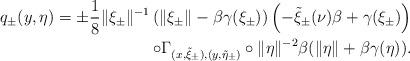
LaTeX: \begin{align*} q_\pm(y,\eta)=\pm \frac{1}{8}\| \xi_\pm \|^{-1} \left( \| \xi_\pm \| - \beta \gamma(\xi_\pm) \right) \left(- \tilde \xi_\pm(\nu) \beta + \gamma(\xi_\pm)\right) \\ \circ \Gamma_{(x,\tilde \xi_\pm),(y,\tilde\eta_\pm) } \circ \| \eta \|^{-2} \beta (\| \eta \| + \beta \gamma(\eta)). \end{align*}